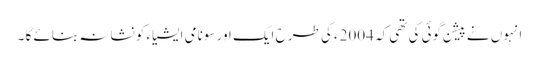
انہوں نے پیشن گوئی کی تھی کہ 2004ء کی طرح ایک اور سونامی ایشیاء کو نشانہ بنائے گا ۔